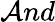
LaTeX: \mathcal{A}nd